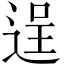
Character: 逞